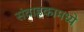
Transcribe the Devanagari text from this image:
संवाहकामध्ये